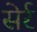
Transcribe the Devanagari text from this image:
सेर्र